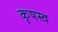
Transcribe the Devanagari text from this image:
कृषस्व